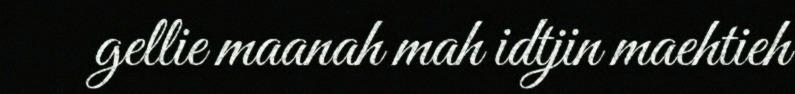
gellie maanah mah idtjin maehtieh